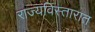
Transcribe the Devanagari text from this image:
राज्यविस्तारात